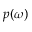
p ( \omega )